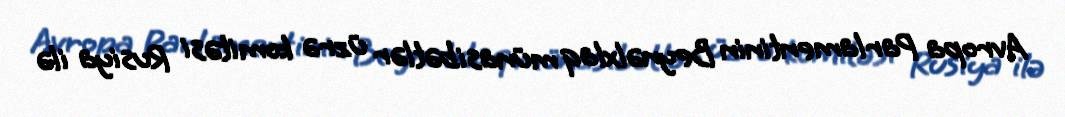
Avropa Parlamentinin Beynəlxlaq münasibətlər üzrə komitəsi Rusiya ilə